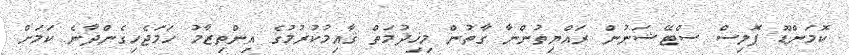
ކޮމަންޑޫ ޕޮލިސް ސްޓޭޝަނުން ރައްޔިތުންނާ ގާތުން މިޚިދުމަތް ޤާއިމުކުރުމުގެ އިންތިޒާމު ހަމަޖެހިގެންދާނެ ކަމަށް